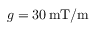
g = 3 0 \, \mathrm { m T / m }